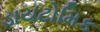
ડાયટોમિક